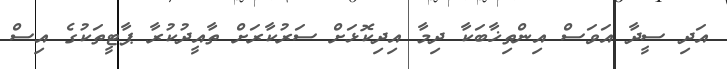
އަދި ސީދާ އަވަސް އިންތިޚާބަކާ ދިމާ އިދިކޮޅަށް ސަރުކާރަށް ތާއީދުކުރާ ޕާޓީތަކުގެ އިސް